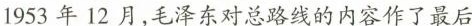
1953年12月，毛泽东对总路线的内容作了最后